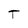
Character: T